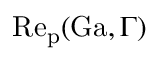
\mathrm { R e _ { p } } ( \mathrm { G a } , \Gamma )